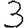
Digit: 3